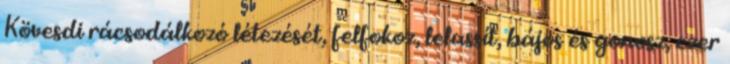
Kövesdi rácsodálkozó létezését, felfokoz, lelassít, bájos és gonosz, ezer